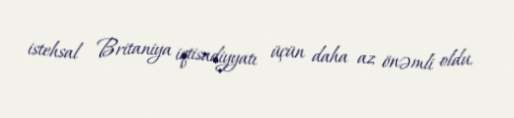
istehsal Britaniya iqtisadiyyatı üçün daha az önəmli oldu.